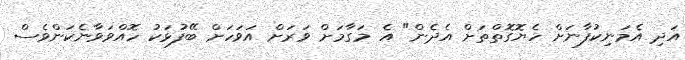
އަދި އެމަނިކުފާނަށް ހެޔޮގޮތްތަށް އެދެން" އެ މަގާމަށް ވަރަށް އަވަހަށް ބޭފުޅަކު ހޮއްވަވާނެކަންވެސް